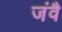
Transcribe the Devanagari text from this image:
जंवै